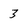
Character: 3